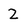
Character: 2